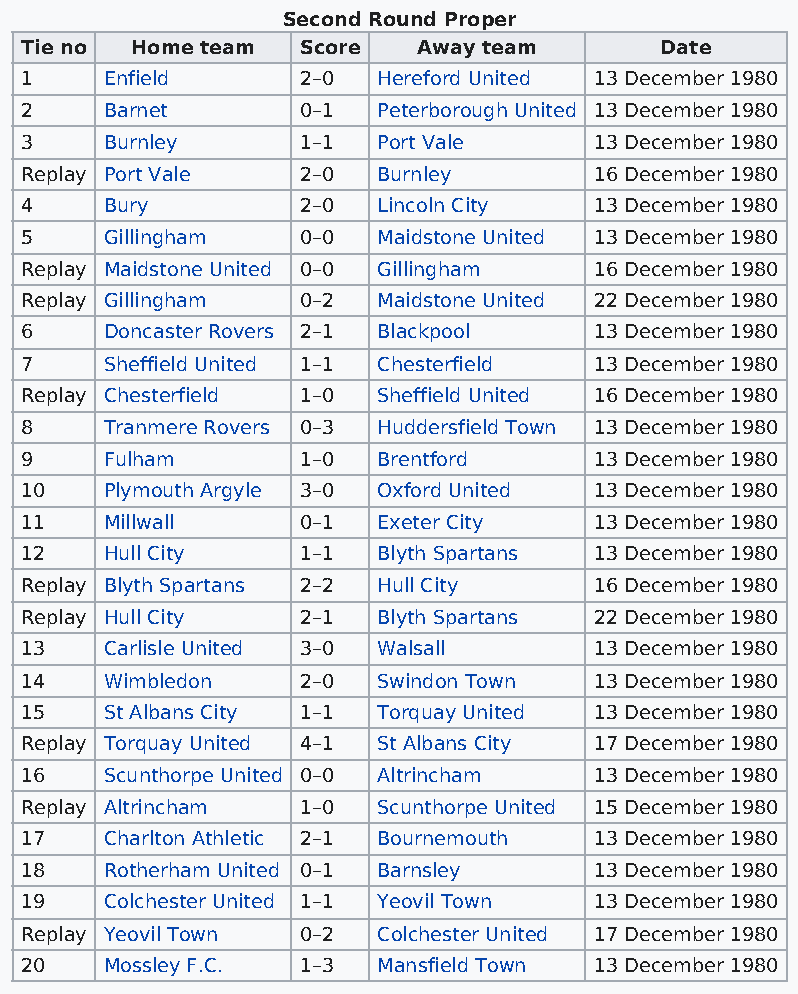
Second Round Proper
 Tie no  Home team  Score   Away team       Date
 1     Enfield      2–0  Hereford United 13 December 1980
 2     Barnet       0–1  Peterborough United 13 December 1980
 3     Burnley      1–1  Port Vale     13 December 1980
 Replay Port Vale   2–0  Burnley       16 December 1980
 4     Bury         2–0  Lincoln City  13 December 1980
 5     Gillingham   0–0  Maidstone United 13 December 1980
 Replay Maidstone United 0–0 Gillingham 16 December 1980
 Replay Gillingham  0–2  Maidstone United 22 December 1980
 6     Doncaster Rovers 2–1 Blackpool  13 December 1980
 7     Sheffield United 1–1 Chesterfield 13 December 1980
 Replay Chesterfield 1–0 Sheffield United 16 December 1980
 8     Tranmere Rovers 0–3 Huddersfield Town 13 December 1980
 9     Fulham       1–0  Brentford     13 December 1980
 10    Plymouth Argyle 3–0 Oxford United 13 December 1980
 11    Millwall     0–1  Exeter City   13 December 1980
 12    Hull City    1–1  Blyth Spartans 13 December 1980
 Replay Blyth Spartans 2–2 Hull City   16 December 1980
 Replay Hull City   2–1  Blyth Spartans 22 December 1980
 13    Carlisle United 3–0 Walsall     13 December 1980
 14    Wimbledon    2–0  Swindon Town  13 December 1980
 15    St Albans City 1–1 Torquay United 13 December 1980
 Replay Torquay United 4–1 St Albans City 17 December 1980
 16    Scunthorpe United 0–0 Altrincham 13 December 1980
 Replay Altrincham  1–0  Scunthorpe United 15 December 1980
 17    Charlton Athletic 2–1 Bournemouth 13 December 1980
 18    Rotherham United 0–1 Barnsley   13 December 1980
 19    Colchester United 1–1 Yeovil Town 13 December 1980
 Replay Yeovil Town 0–2  Colchester United 17 December 1980
 20    Mossley F.C. 1–3  Mansfield Town 13 December 1980